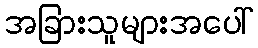
အခြားသူများအပေါ်